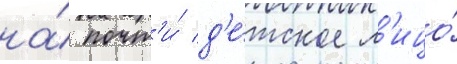
на́ почт'и́ д'е́тское л'ицо́